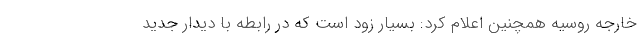
خارجه روسیه همچنین اعلام کرد: بسیار زود است که در رابطه با دیدار جدید